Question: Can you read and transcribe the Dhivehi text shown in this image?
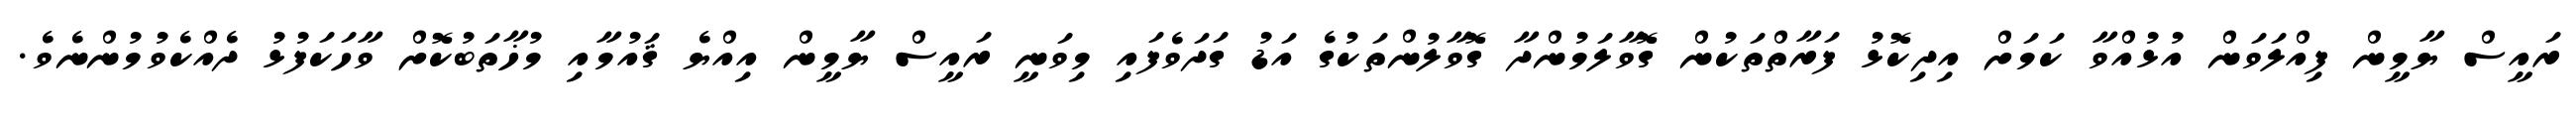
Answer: ރައީސް ޔާމީން ފިއްލަވަން އުޅުއްވާ ކަމަށް އިދިކޮޅު ފަރާތްތަކުން ގޮވާލަމުންދާ ގޮވާލުންތަކުގެ އަޑު ގަދަވެފައި މިވަނީ ރައީސް ޔާމީން އިއްޔެ ޤައުމާއި މުޚާތަބުކޮށް ވާހަކަފުޅު ދެއްކެވުމުންނެވެ.